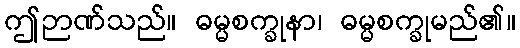
ဤဉာဏ်သည်။ ဓမ္မစက္ခုနာ၊ ဓမ္မစက္ခုမည်၏။